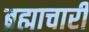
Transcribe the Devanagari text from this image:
ब्रह्माचारी